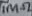
Text: 1MΩ